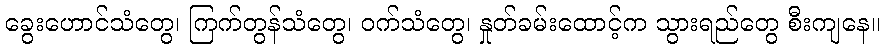
ခွေးဟောင်သံတွေ၊ ကြက်တွန်သံတွေ၊ ဝက်သံတွေ၊ နှုတ်ခမ်းထောင့်က သွားရည်တွေ စီးကျနေ။